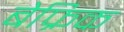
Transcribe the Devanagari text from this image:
बेफ्रिक